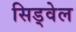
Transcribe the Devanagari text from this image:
सिड्वेल